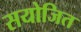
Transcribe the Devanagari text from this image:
सयोजित